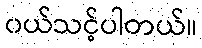
၀ယ်သင့်ပါတယ်။